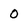
Character: 0